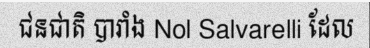
ជនជាតិ បារាំង Nol Salvarelli ដែល